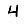
Digit: 4